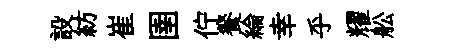
設紡崔圉佇餐綸幸乎耀舩